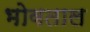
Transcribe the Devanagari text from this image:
भोवताल